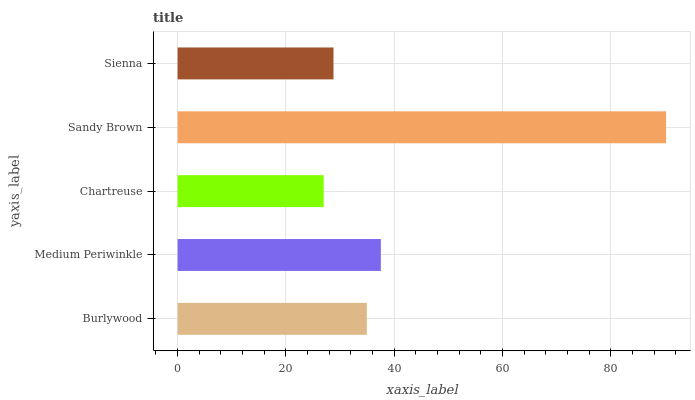
| yaxis_label | bars |
 | --- | --- |
 | Burlywood | 34.9 |
 | Medium Periwinkle | 37.5 |
 | Chartreuse | 27 |
 | Sandy Brown | 90.2 |
 | Sienna | 28.8 |